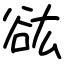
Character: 谹